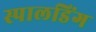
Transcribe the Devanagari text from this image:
स्पालडिंग